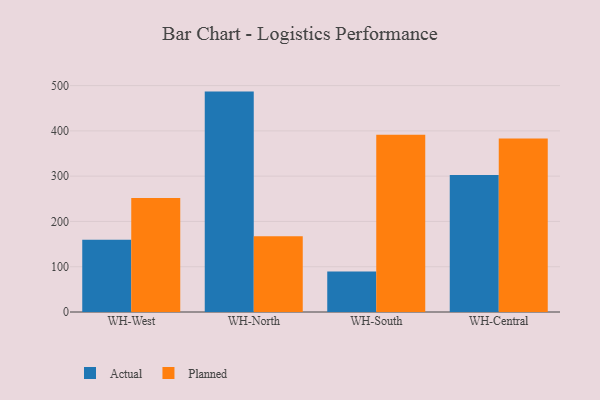
{"axis": {"x": "Warehouse", "y": "Satisfaction Score"}, "legend": ["Actual", "Planned"], "data": [{"x": "WH-West", "y": 159.5, "type": "Actual"}, {"x": "WH-West", "y": 251.8, "type": "Planned"}, {"x": "WH-North", "y": 486.7, "type": "Actual"}, {"x": "WH-North", "y": 167.2, "type": "Planned"}, {"x": "WH-South", "y": 89.7, "type": "Actual"}, {"x": "WH-South", "y": 391.4, "type": "Planned"}, {"x": "WH-Central", "y": 302.5, "type": "Actual"}, {"x": "WH-Central", "y": 383.0, "type": "Planned"}]}